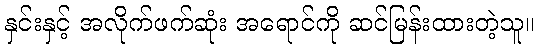
နှင်းနှင့် အလိုက်ဖက်ဆုံး အရောင်ကို ဆင်မြန်းထားတဲ့သူ။